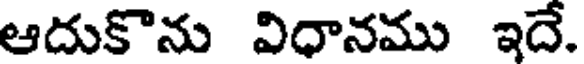
ఆదుకొను విధానము ఇదే.